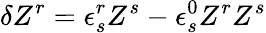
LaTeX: \delta Z^{r}=\epsilon_{s}^{r}Z^{s}-\epsilon_{s}^{0}Z^{r}Z^{s}